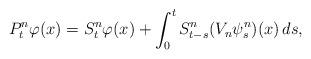
LaTeX: \begin{align*}P_t^n\varphi(x)=S_t^{n}\varphi(x)+\int_0^t S_{t-s}^n({V_{n}} \psi_s^n )(x)\,ds,\end{align*}